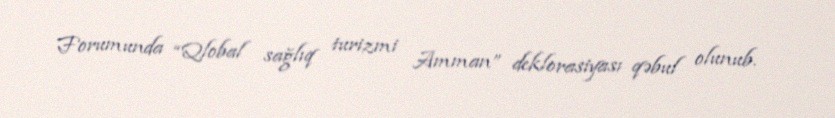
Forumunda “Qlobal sağlıq turizmi Amman” deklorasiyası qəbul olunub.